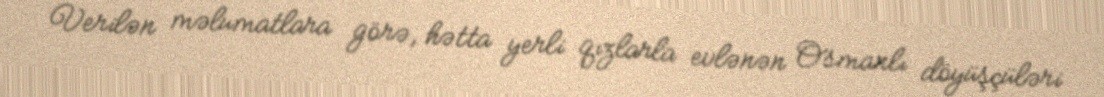
Verilən məlumatlara görə, hətta yerli qızlarla evlənən Osmanlı döyüşçüləri